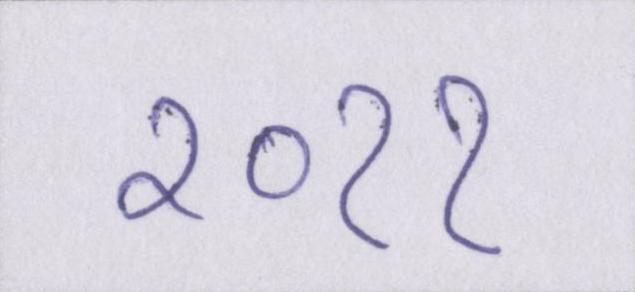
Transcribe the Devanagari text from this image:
२०११